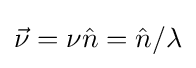
{\vec {\nu }}=\nu {\hat {n}}={\hat {n}}/\lambda